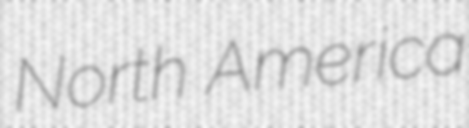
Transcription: North America